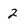
Character: 2